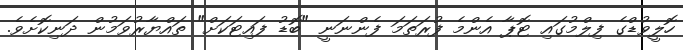
ހޮލީވުޑްގެ ފިލްމުގައި ޓޮޕާ އެންމެ ފުރަތަމަ ފެންނަނީ "ބޮޑު ފައިޓަކަށް" ތައްޔާރުވަމުން ދަނިކޮށެވެ.